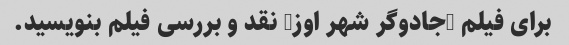
برای فیلم "جادوگر شهر اوز" نقد و بررسی فیلم بنویسید.